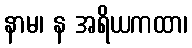
နာမ၊ န အရိယကထာ၊